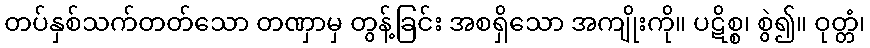
တပ်နှစ်သက်တတ်သော တဏှာမှ တွန့်ခြင်း အစရှိသော အကျိုးကို။ ပဋိစ္စ၊ စွဲ၍။ ဝုတ္တံ၊